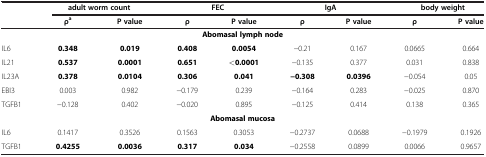
|  | <COLSPAN=2> adult worm count | <COLSPAN=2> FEC | <COLSPAN=2> IgA | <COLSPAN=2> body weight |
 |  | ρa | P value | ρ | P value | ρ | P value | ρ | P value |
 | --- | --- | --- | --- | --- | --- | --- | --- | --- |
 | <COLSPAN=9> Abomasal lymph node |
 | IL6 | 0.348 | 0.019 | 0.408 | 0.0054 | −0.21 | 0.167 | 0.0665 | 0.664 |
 | IL21 | 0.537 | 0.0001 | 0.651 | <0.0001 | −0.135 | 0.377 | 0.031 | 0.838 |
 | IL23A | 0.378 | 0.0104 | 0.306 | 0.041 | −0.308 | 0.0396 | −0.054 | 0.05 |
 | EBI3 | 0.003 | 0.982 | −0.179 | 0.239 | −0.164 | 0.283 | −0.025 | 0.870 |
 | TGFB1 | −0.128 | 0.402 | −0.020 | 0.895 | −0.125 | 0.414 | 0.138 | 0.365 |
 | <COLSPAN=9> Abomasal mucosa |
 | IL6 | 0.1417 | 0.3526 | 0.1563 | 0.3053 | −0.2737 | 0.0688 | −0.1979 | 0.1926 |
 | TGFB1 | 0.4255 | 0.0036 | 0.317 | 0.034 | −0.2558 | 0.0899 | 0.0066 | 0.9657 |